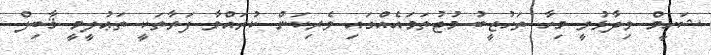
ޝަހީމް ވިދާޅުވީ މިހާ ތަހުޒީބު މުޖުތަމައެއްގައި ވެރިކަން ކުރައްވާ ފަރާތަކީ ތަޢުލީމީ ޤާބިލް